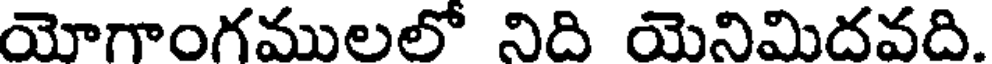
యోగాంగములలో నిది యెనిమిదవది.